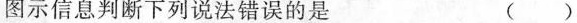
图示信息判断下列说法错误的是 ()